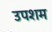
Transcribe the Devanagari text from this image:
उपशम